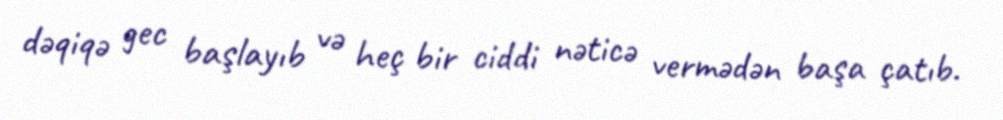
dəqiqə gec başlayıb və heç bir ciddi nəticə vermədən başa çatıb.